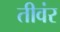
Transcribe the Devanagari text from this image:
तीवंर